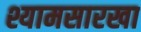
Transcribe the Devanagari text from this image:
श्यामसारखा